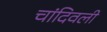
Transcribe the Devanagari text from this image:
चांदिवली